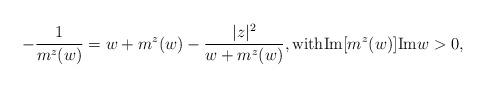
LaTeX: \begin{align*}-\frac{1}{{m}^z(w)}=w+{m}^z(w)-\frac{|z|^2}{w+{m}^z(w)}, \mbox{with}\mathrm{Im}[m^z(w)]\mathrm{Im}w>0,\end{align*}